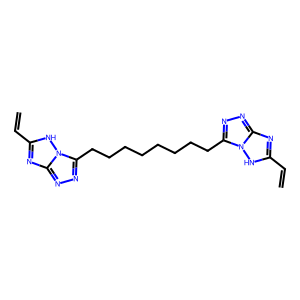
SMILES: C=Cc1nc2nnc(CCCCCCCCc3nnc4nc(C=C)[nH]n34)n2[nH]1
Inhibits HIV replication: No